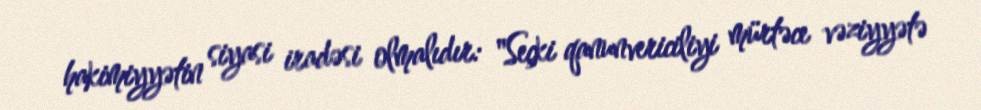
hakimiyyətin siyasi iradəsi olmalıdır: "Seçki qanunvericiliyi mürtəce vəziyyətə